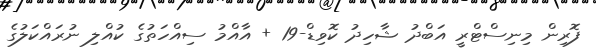
ފޮރިން މިނިސްޓްރީ އަބްދު ޝާހިދު ކޮވިޑް-19 + އާއްމު ސިއްހަތުގެ ކުއްލި ނުރައްކަލުގެ